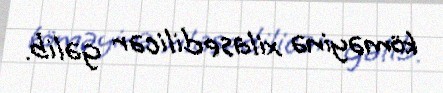
köməyinə xilasedilicər gəlib.